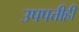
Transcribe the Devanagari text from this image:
उपपत्तीही